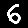
Digit: 6